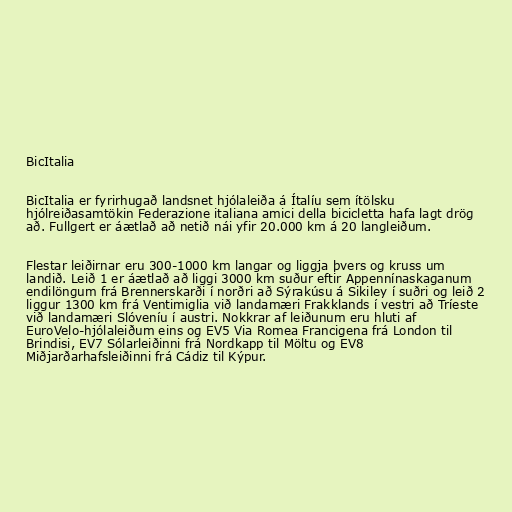
BicItalia

BicItalia er fyrirhugað landsnet hjólaleiða á Ítalíu sem ítölsku
hjólreiðasamtökin Federazione italiana amici della bicicletta hafa lagt drög
að. Fullgert er áætlað að netið nái yfir 20.000 km á 20 langleiðum.

Flestar leiðirnar eru 300-1000 km langar og liggja þvers og kruss um
landið. Leið 1 er áætlað að liggi 3000 km suður eftir Appennínaskaganum
endilöngum frá Brennerskarði í norðri að Sýrakúsu á Sikiley í suðri og leið 2
liggur 1300 km frá Ventimiglia við landamæri Frakklands í vestri að Tríeste
við landamæri Slóveníu í austri. Nokkrar af leiðunum eru hluti af
EuroVelo-hjólaleiðum eins og EV5 Via Romea Francigena frá London til
Brindisi, EV7 Sólarleiðinni frá Nordkapp til Möltu og EV8
Miðjarðarhafsleiðinni frá Cádiz til Kýpur.